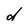
Character: d